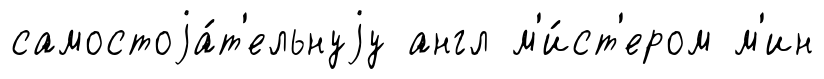
самостоjа́т'ельнуjу англ м'и́ст'ером м'ин